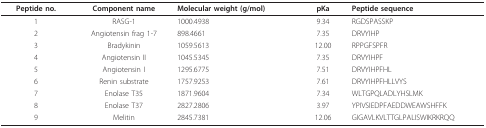
| Peptide no. | Component name | Molecular weight (g/mol) | pKa | Peptide sequence |
 | --- | --- | --- | --- | --- |
 | 1 | RASG-1 | 1000.4938 | 9.34 | RGDSPASSKP |
 | 2 | Angiotensin frag 1-7 | 898.4661 | 7.35 | DRVYIHP |
 | 3 | Bradykinin | 1059.5613 | 12.00 | RPPGFSPFR |
 | 4 | Angiotensin II | 1045.5345 | 7.35 | DRVYIHPF |
 | 5 | Angiotensin I | 1295.6775 | 7.51 | DRVYIHPFHL |
 | 6 | Renin substrate | 1757.9253 | 7.61 | DRVYIHPFHLLVYS |
 | 7 | Enolase T35 | 1871.9604 | 7.34 | WLTGPQLADLYHSLMK |
 | 8 | Enolase T37 | 2827.2806 | 3.97 | YPIVSIEDPFAEDDWEAWSHFFK |
 | 9 | Melitin | 2845.7381 | 12.06 | GIGAVLKVLTTGLPALISWIKRKRQQ |